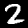
Label: 2